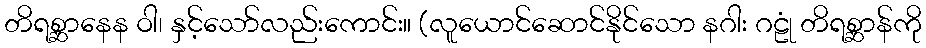
တိရစ္ဆာနေန ဝါ၊ နှင့်သော်လည်းကောင်း။ (လူယောင်ဆောင်နိုင်သော နဂါး ဂဠုံ တိရစ္ဆာန်ကို